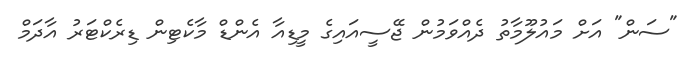
"ސަން" އަށް މައުލޫމާތު ދެއްވަމުން ޖޭސީއައިގެ މީޑިއާ އެންޑް މާކެޓިން ޑިރެކްޓަރު އާދަމް